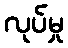
လုပ်မှု